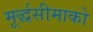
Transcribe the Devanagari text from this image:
मूर्द्धसीमाको